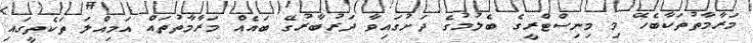
މަރާމާތުތަކާބެހޭ މި މިނިސްޓްރީގެ ބެލުމުގެ ދަށުގައިވާ ދަރުބާރުގޭ ބައެއް މަރާމާތުތައް އަމިއްލަ ތަކެތީގައި